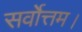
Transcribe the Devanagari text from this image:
सर्वोत्तम।